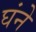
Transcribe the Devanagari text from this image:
घंने